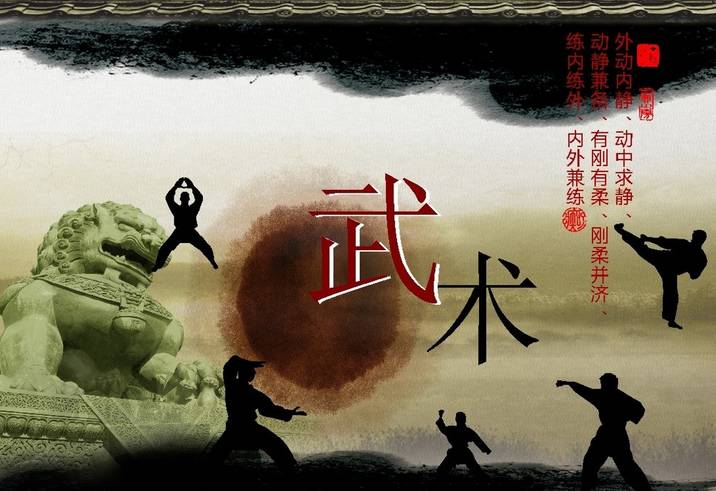
止戈为武。